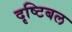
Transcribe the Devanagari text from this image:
दृष्टिबल